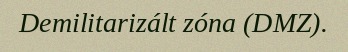
Demilitarizált zóna (DMZ).